King Institute of Preventive Medicine Bacteriolog. Section reports 1907-08
Year: 1907
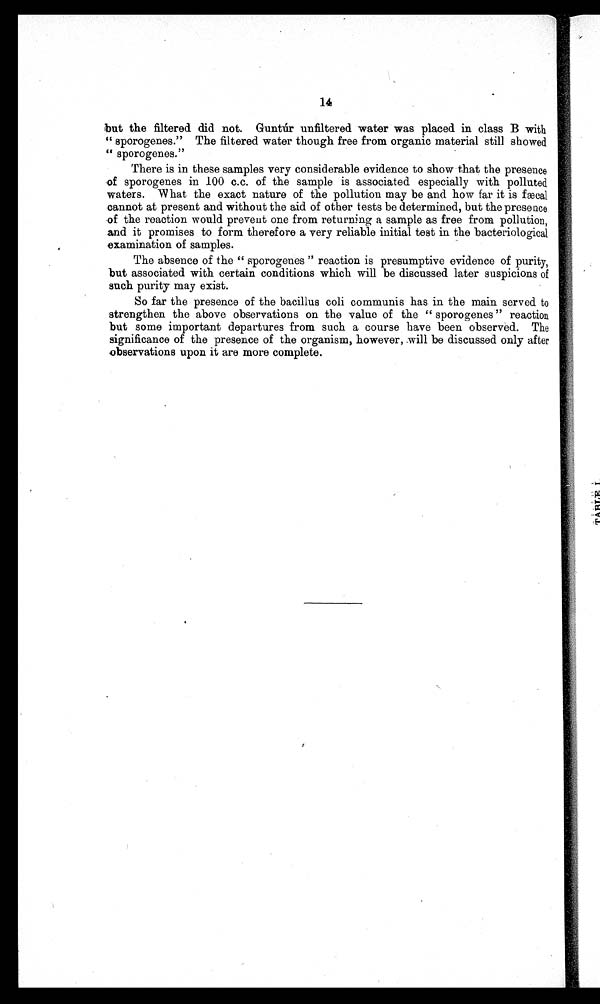
14
but the filtered did not. Guntur unfiltered water was placed in class B with
" sporogenes." The filtered water though free from organic material still showed
" sporogenes."
There is in these samples very considerable evidence to show that the presence
of sporogenes in 100 c.c. of the sample is associated especially with polluted
waters. What the exact nature of the pollution may be and how far it is f ae cal
cannot at present and without the aid of other tests be determined, but the presence
of the reaction would prevent one from returning a sample as free from pollution,
and it promises to form therefore a very reliable initial test in the bacteriological
examination of samples.
The absence of the " sporogenes " reaction is presumptive evidence of purity,
but associated with certain conditions which will be discussed later suspicions of
such purity may exist.
So far the presence of the bacillus coli communis has in the main served to
strengthen the above observations on the value of the " sporogenes" reaction
but some important departures from such a course have been observed. The
significance of the presence of the organism, however, will be discussed only after
observations upon it are more complete.